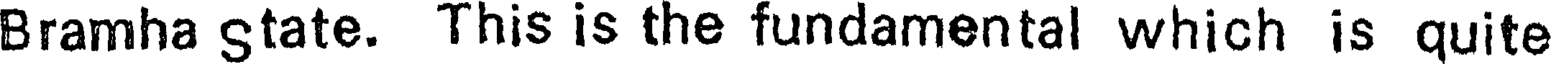
Bramha state. This is the fundamental which is quite